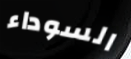
السوداء